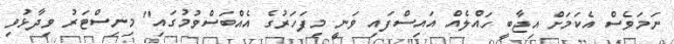
ނަމަވެސް އެކަމަށް އިޖާބީ ހައްލެއް އައިސްފައި ވަނީ މިފަހަރުގެ އެއްބަސްވުމުގައި" މިނިސްޓަރު ވިދާޅުވި